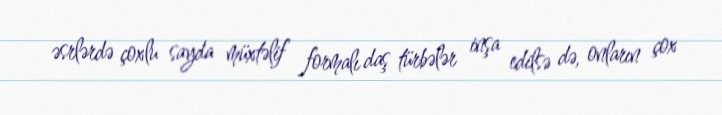
əsrlərdə çoxlu sayda müxtəlif formalı daş türbələr inşa edilsə də, onların çox